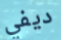
ديفي